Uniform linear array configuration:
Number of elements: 16
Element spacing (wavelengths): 0.25
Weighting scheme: blackman
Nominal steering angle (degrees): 45
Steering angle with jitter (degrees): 46.305
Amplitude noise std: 0.05
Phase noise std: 0.05

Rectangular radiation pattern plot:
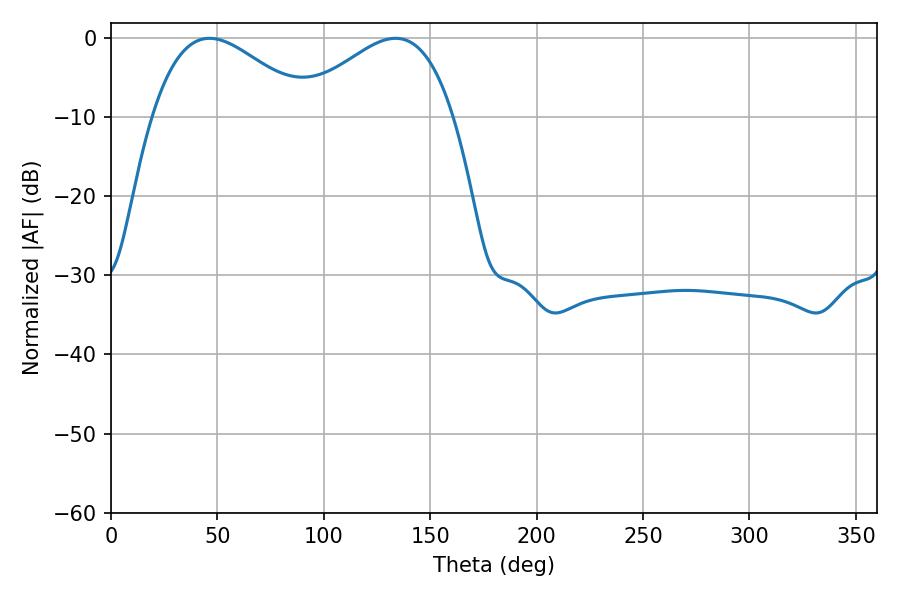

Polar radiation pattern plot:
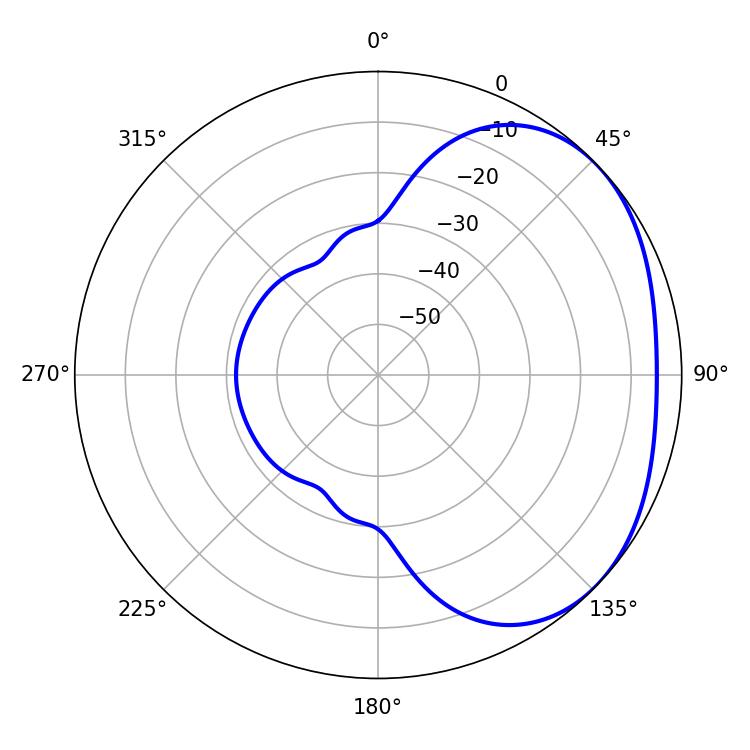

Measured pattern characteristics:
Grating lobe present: FALSE
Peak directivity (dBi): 2.45
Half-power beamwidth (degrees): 39.96
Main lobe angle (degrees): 46.26